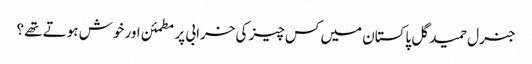
جنرل حمید گل پاکستان میں کس چیز کی خرابی پر مطمئن اور خوش ہوتے تھے ؟